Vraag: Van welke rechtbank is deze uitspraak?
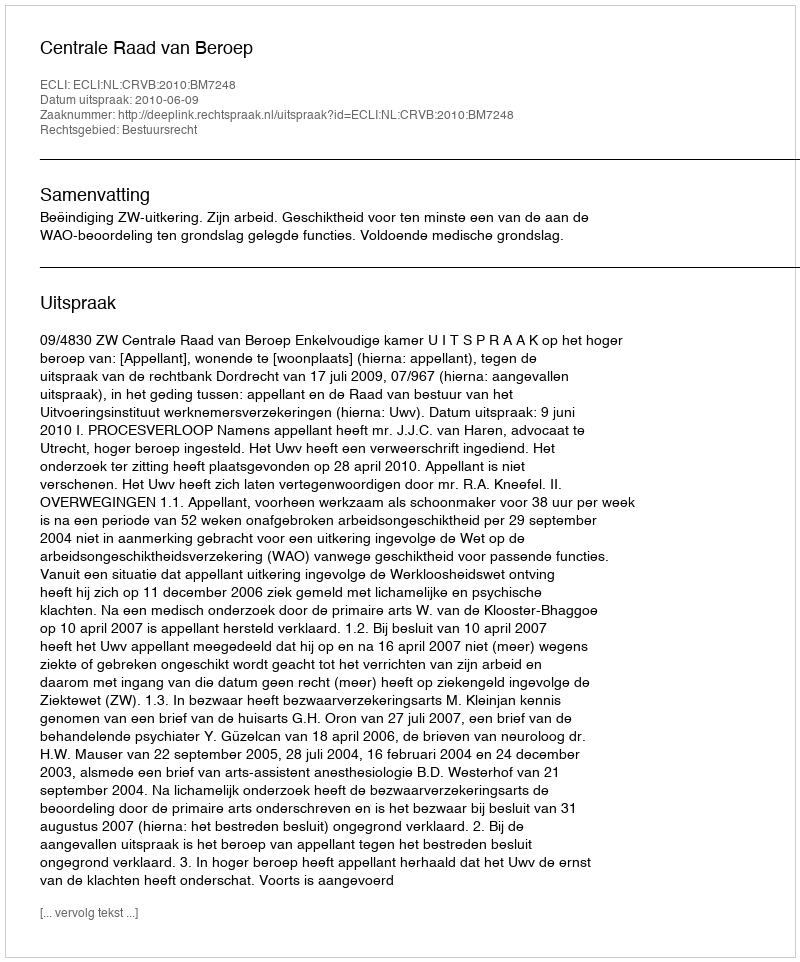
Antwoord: Centrale Raad van Beroep